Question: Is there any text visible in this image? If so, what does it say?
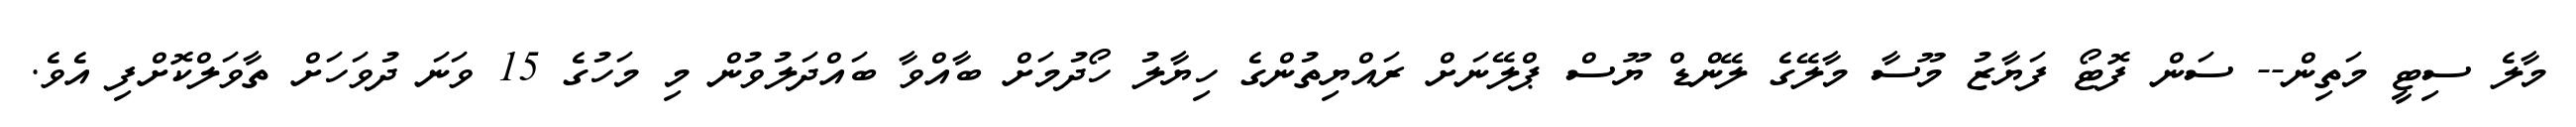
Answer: މާލެ ސިޓީ މަތިން-- ސަން ފޮޓޯ ފަޔާޒު މޫސާ މާލޭގެ ލޭންޑް ޔޫސް ޕްލޭނަށް ރައްޔިތުންގެ ހިޔާލު ހޯދުމަށް ބާއްވާ ބައްދަލުވުން މި މަހުގެ 15 ވަނަ ދުވަހަށް ތާވަލްކޮށްފި އެވެ.